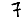
Digit: 7